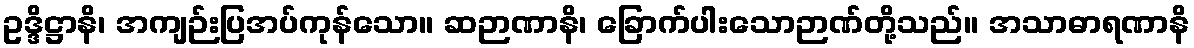
ဥဒ္ဒိဋ္ဌာနိ၊ အကျဉ်းပြအပ်ကုန်သော။ ဆဉာဏာနိ၊ ခြောက်ပါးသောဉာဏ်တို့သည်။ အသာဓာရဏာနိ